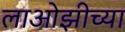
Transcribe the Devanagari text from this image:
लाओझीच्या